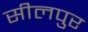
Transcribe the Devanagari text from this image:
सीलपुर